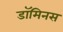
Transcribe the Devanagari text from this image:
डॉमिनस